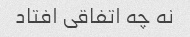
نه چه اتفاقی افتاد